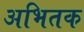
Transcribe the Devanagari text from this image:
अभितक